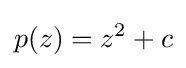
p(z)=z^{2}+c